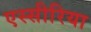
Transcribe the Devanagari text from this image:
एस्सीरिया